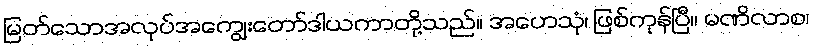
မြတ်သောအလုပ်အကျွေးတော်ဒါယကာတို့သည်။ အဟေသုံ၊ ဖြစ်ကုန်ပြီ။ မဏိလာစ၊